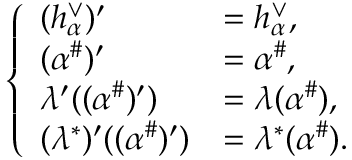
\begin{array} { r } { \left\{ \begin{array} { l l } { ( h _ { \alpha } ^ { \vee } ) ^ { \prime } } & { = h _ { \alpha } ^ { \vee } , } \\ { ( \alpha ^ { \# } ) ^ { \prime } } & { = \alpha ^ { \# } , } \\ { \lambda ^ { \prime } ( ( \alpha ^ { \# } ) ^ { \prime } ) } & { = \lambda ( \alpha ^ { \# } ) , } \\ { ( \lambda ^ { * } ) ^ { \prime } ( ( \alpha ^ { \# } ) ^ { \prime } ) } & { = \lambda ^ { * } ( \alpha ^ { \# } ) . } \end{array} \right. } \end{array}